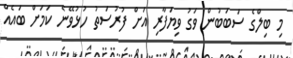
މި ބިލްގެ ސަބަބުން ވަގު ވިޔަފާރި އަށް ފުރުސަތު ހުޅުވޭނެ ކަމަށް ބައެއް